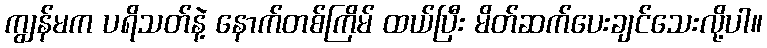
ကျွန်မက ပရိသတ်နဲ့ နောက်တစ်ကြိမ် ထယ်ပြီး မိတ်ဆက်ပေးချင်သေးလို့ပါ။